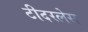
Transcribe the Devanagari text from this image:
टीदरलेस